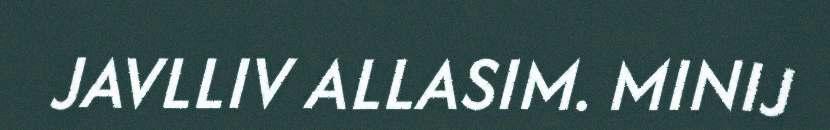
JAVLLIV ALLASIM. MINIJ